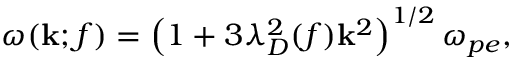
\omega ( \mathbf { k } ; f ) = \left( 1 + 3 \lambda _ { D } ^ { 2 } ( f ) \mathbf { k } ^ { 2 } \right) ^ { 1 / 2 } \omega _ { p e } ,